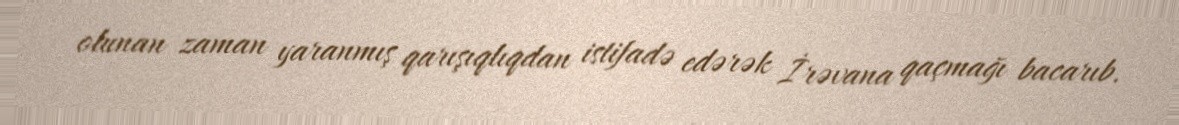
olunan zaman yaranmış qarışıqlıqdan istifadə edərək İrəvana qaçmağı bacarıb.